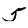
Digit: 5